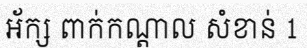
អ័ក្ស ពាក់កណ្តាល សំខាន់ 1